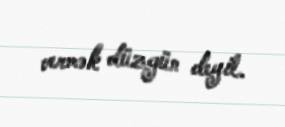
vermək düzgün deyil.